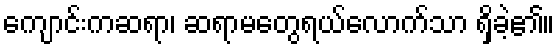
ကျောင်းကဆရာ၊ ဆရာမတွေရယ်လောက်သာ ရှိခဲ့၏။